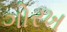
ગોરખ